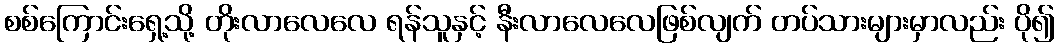
စစ်ကြောင်းရှေ့သို့ တိုးလာလေလေ ရန်သူနှင့် နီးလာလေလေဖြစ်လျက် တပ်သားများမှာလည်း ပို၍